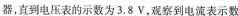
器，直到电压表的示数为3.8V，观察到电流表示数